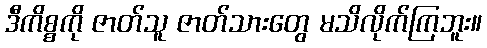
ဒီကိစ္စကို ဇာတ်သူ ဇာတ်သားတွေ မသိလိုက်ကြဘူး။